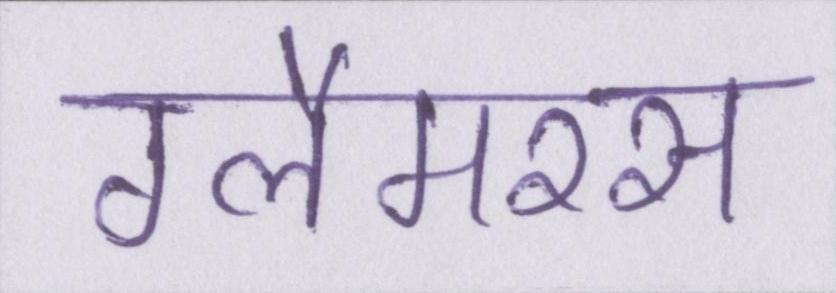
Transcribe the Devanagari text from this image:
ग्लैमरस